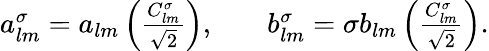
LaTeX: \begin{array}{rlr}{a_{lm}^{\sigma}=a_{lm}\left(\frac{C_{lm}^{\sigma}}{\sqrt{2}}\right),}&{{}}&{b_{lm}^{\sigma}=\sigma b_{lm}\left(\frac{C_{lm}^{\sigma}}{\sqrt{2}}\right).}\end{array}